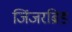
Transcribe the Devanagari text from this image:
जिंजरब्रिड